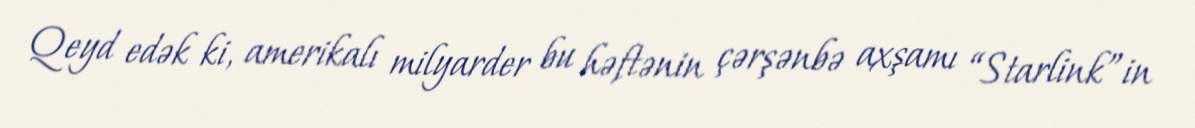
Qeyd edək ki, amerikalı milyarder bu həftənin çərşənbə axşamı “Starlink”in